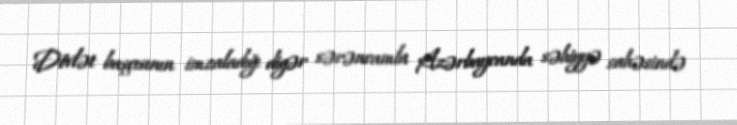
Dövlət başçısının imzaladığı digər sərəncamla Azərbaycanda səhiyyə sahəsində